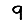
Digit: 9